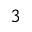
_ 3